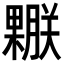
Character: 𣞅